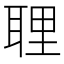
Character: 𦕸